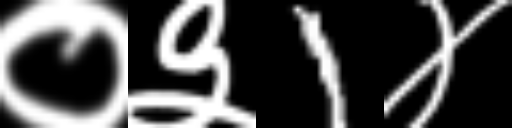
Text: ०३1४